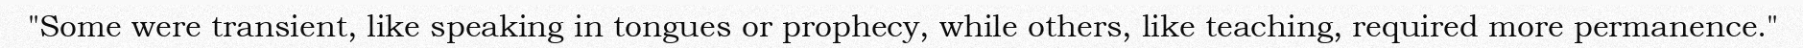
"Some were transient, like speaking in tongues or prophecy, while others, like teaching, required more permanence."